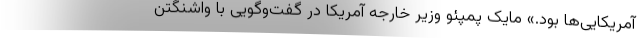
آمریکایی‌ها بود.» مایک پمپئو وزیر خارجه آمریکا در گفت‌وگویی با واشنگتن